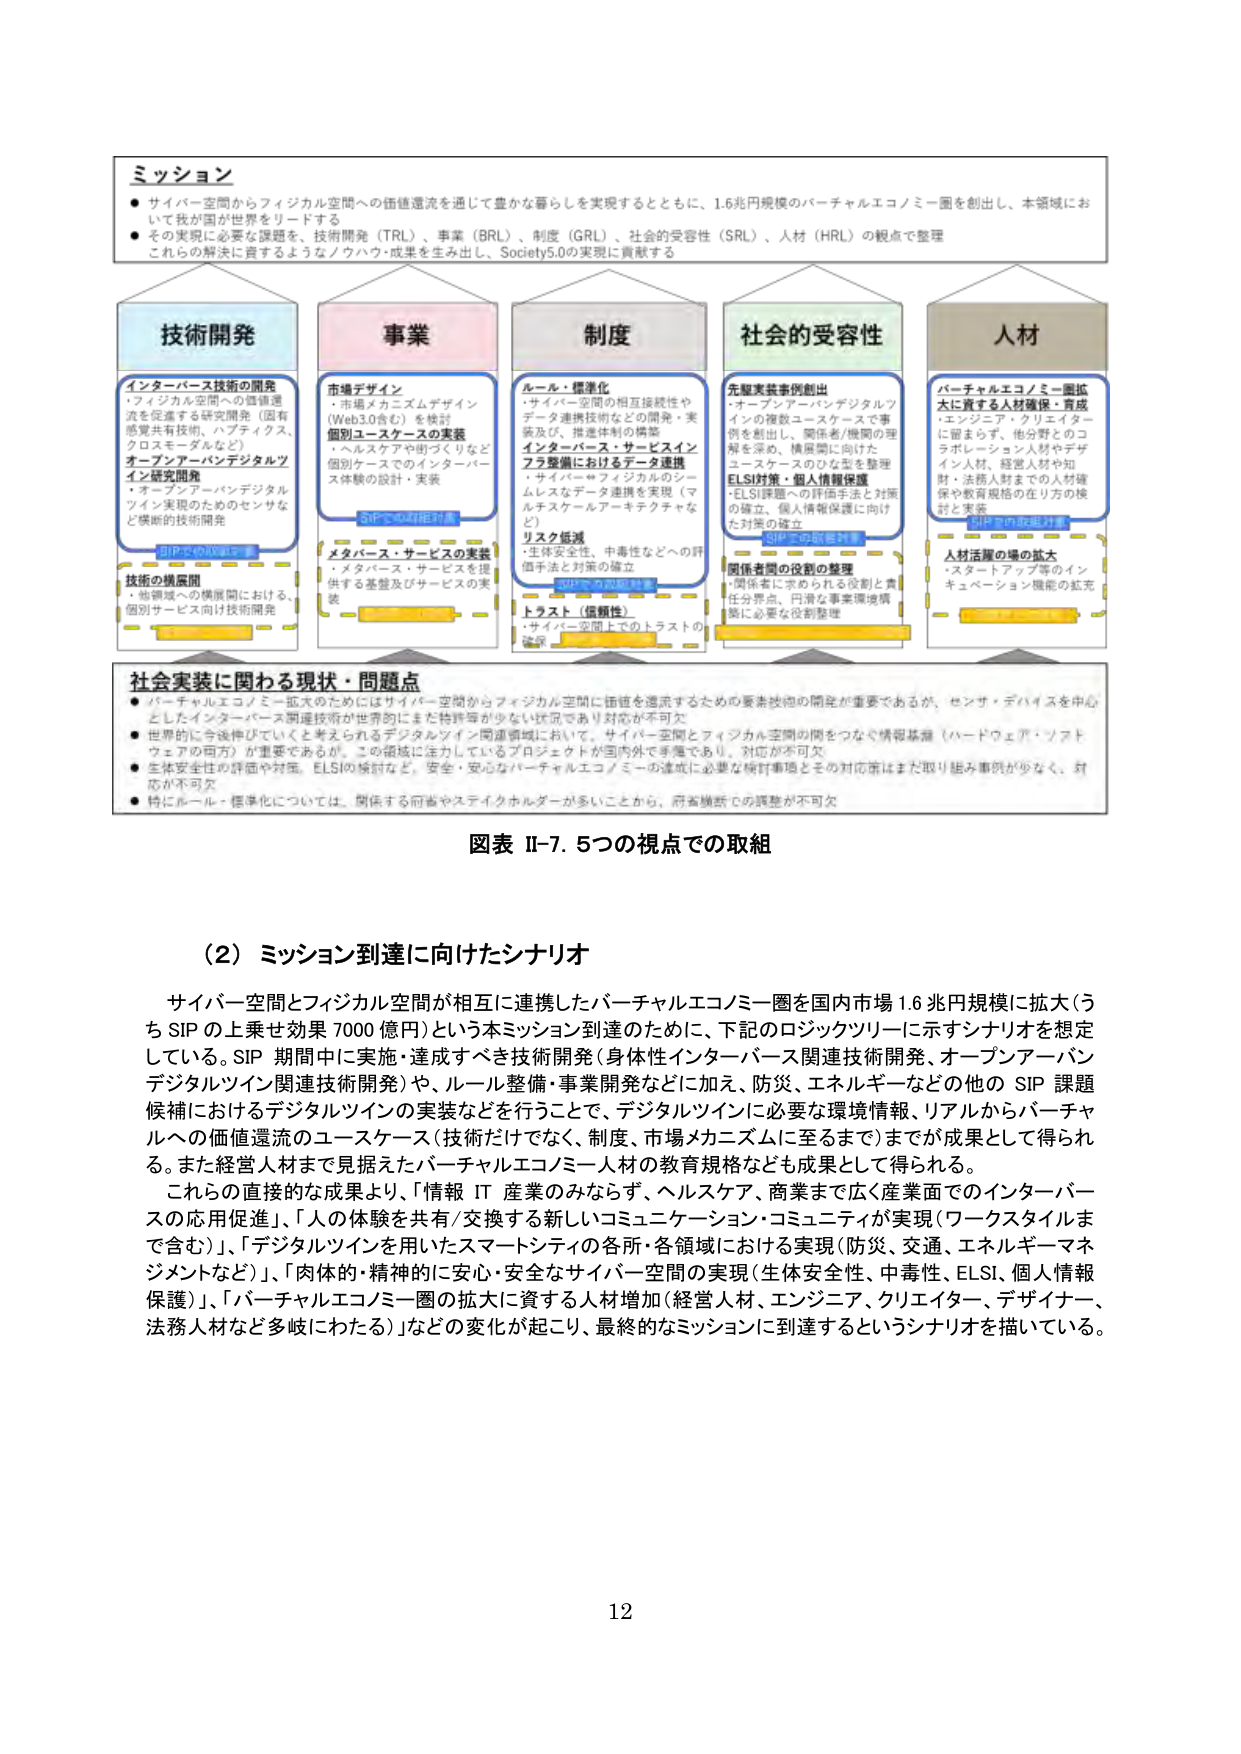
ミッション
● サイバー空間からフィジカル空間への価値還流を通じて豊かな暮らしを実現するとともに、1.6兆円規模のバーチャルエコノミー圏を創出し、本領域にお
いて我が国が世界をリードする
● その実現に必要な課題を、技術開発（TRL）、事業（BRL）、制度（GRL）、社会的受容性（SRL）、人材（HRL）の観点で整理
これらの解決に資するようなノウハウ・成果を生み出し、Society5.0の実現に貢献する

技術開発
インターバース技術の開発
・フィジカル空間への価値還流を促進する研究開発（固有感覚共有技術、ハプティクス、クロスモーダルなど）
オープンアーバンデジタルツイン研究開発
・オープンアーバンデジタルツイン実現のためのセンサなど横断的技術開発
技術の横展開
・他領域への横展開における、個別サービス向け技術開発

事業
市場デザイン
・市場メカニズムデザイン（Web3.0含む）を検討
個別ユースケースの実装
・ヘルスケアや街づくりなど個別ケースでのインターバース体験の設計・実装
SIPでの取組対象
メタバース・サービスの実装
・メタバース・サービスを提供する基盤及びサービスの実装

制度
ルール・標準化
・サイバー空間の相互接続性やデータ連携技術などの開発・実装及び、推進体制の構築
インターバース・サービスインフラ整備におけるデータ連携
・サイバー⇔フィジカルのシームレスなデータ連携を実現（マルチスケールアーキテクチャなど）
リスク低減
・生体安全性、中毒性などへの評価手法と対策の確立
SIPでの取組対象
トラスト（信頼性）
・サイバー空間上でのトラストの確保

社会的受容性
先駆実装事例創出
・オープンアーバンデジタルツインの複数ユースケースで事例を創出し、関係者/機関の理解を深め、横展開に向けたユースケースのひな型を整理
ELSI対策・個人情報保護
・ELSI課題への評価手法と対策の確立、個人情報保護に向けた対策の確立
SIPでの取組対象
関係者間の役割の整理
・関係者に求められる役割と責任分界点、円滑な事業環境構築に必要な役割整理

人材
バーチャルエコノミー圏拡大に資する人材確保・育成
・エンジニア・クリエイターに留まらず、他分野とのコラボレーション人材やデザイン人材、経営人材や知財・法務人材までの人材確保や教育規格の在り方の検討と実装
SIPでの取組対象
人材活躍の場の拡大
・スタートアップ等のインキュベーション機能の拡充

社会実装に関わる現状・問題点
● バーチャルエコノミー拡大のためにはサイバー空間からフィジカル空間に価値を還流するための要素技術の開発が重要であるが、センサ・デバイスを中心としたインターバース関連技術が世界的にまだ特許等が少ない状況であり対応が不可欠
● 世界的に今後伸びていくと考えられるデジタルツイン関連領域において、サイバー空間とフィジカル空間の間をつなぐ情報基盤（ハードウェア・ソフトウェアの両方）が重要であるが、この領域に注力しているプロジェクトが国内外で多種であり、対応が不可欠
● 生体安全性の評価や対策、ELSIの検討など、安全・安心なバーチャルエコノミーの達成に必要な検討事項とその対応策はまだ取り組み事例が少なく、対応が不可欠
● 特にルール・標準化については、関係する府省やステイクホルダーが多いことから、府省横断での調整が不可欠

図表 II-7. 5つの視点での取組

（2）ミッション到達に向けたシナリオ
サイバー空間とフィジカル空間が相互に連携したバーチャルエコノミー圏を国内市場1.6兆円規模に拡大（うちSIPの上乗せ効果7000億円）という本ミッション到達のために、下記のロジックツリーに示すシナリオを想定している。SIP期間中に実施・達成すべき技術開発（身体性インターバース関連技術開発、オープンアーバンデジタルツイン関連技術開発）や、ルール整備・事業開発などに加え、防災・エネルギーなどの他のSIP課題候補におけるデジタルツインの実装などを行うことで、デジタルツインに必要な環境情報、リアルからバーチャルへの価値還流のユースケース（技術だけでなく、制度、市場メカニズムに至るまで）までが成果として得られる。また経営人材まで見据えたバーチャルエコノミー人材の教育規格なども成果として得られる。
これらの直接的な成果より、「情報IT産業のみならず、ヘルスケア、商業まで広く産業面でのインターバースの応用促進」、「人の体験を共有/交換する新しいコミュニケーション・コミュニティが実現（ワークスタイルまで含む）」、「デジタルツインを用いたスマートシティの各所・各領域における実現（防災、交通、エネルギー・マネジメントなど）」、「肉体的・精神的に安心・安全なサイバー空間の実現（生体安全性、中毒性、ELSI、個人情報保護）」、「バーチャルエコノミー圏の拡大に資する人材増加（経営人材、エンジニア、クリエイター、デザイナー、法務人材など多岐にわたる）」などの変化が起こり、最終的なミッションに到達するというシナリオを描いている。

12